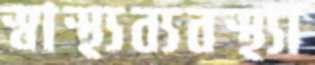
স্বাস্থ্যব্যবস্থ্যা